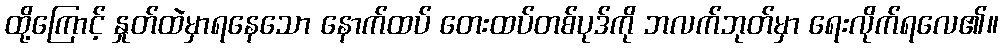
ထို့ကြောင့် နှုတ်ထဲမှာရနေသော နောက်ထပ် တေးထပ်တစ်ပုဒ်ကို ဘလက်ဘုတ်မှာ ရေးလိုက်ရလေ၏။